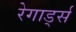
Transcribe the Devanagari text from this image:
रेगार्ड्स